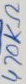
Text: 470KΩ